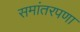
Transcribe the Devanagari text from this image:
समांतरपणा